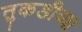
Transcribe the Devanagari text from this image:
तुकडीच्या